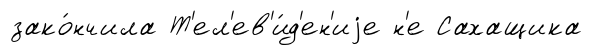
зако́нчила Т'ел'ев'и́д'ен'иjе н'е Сахащика